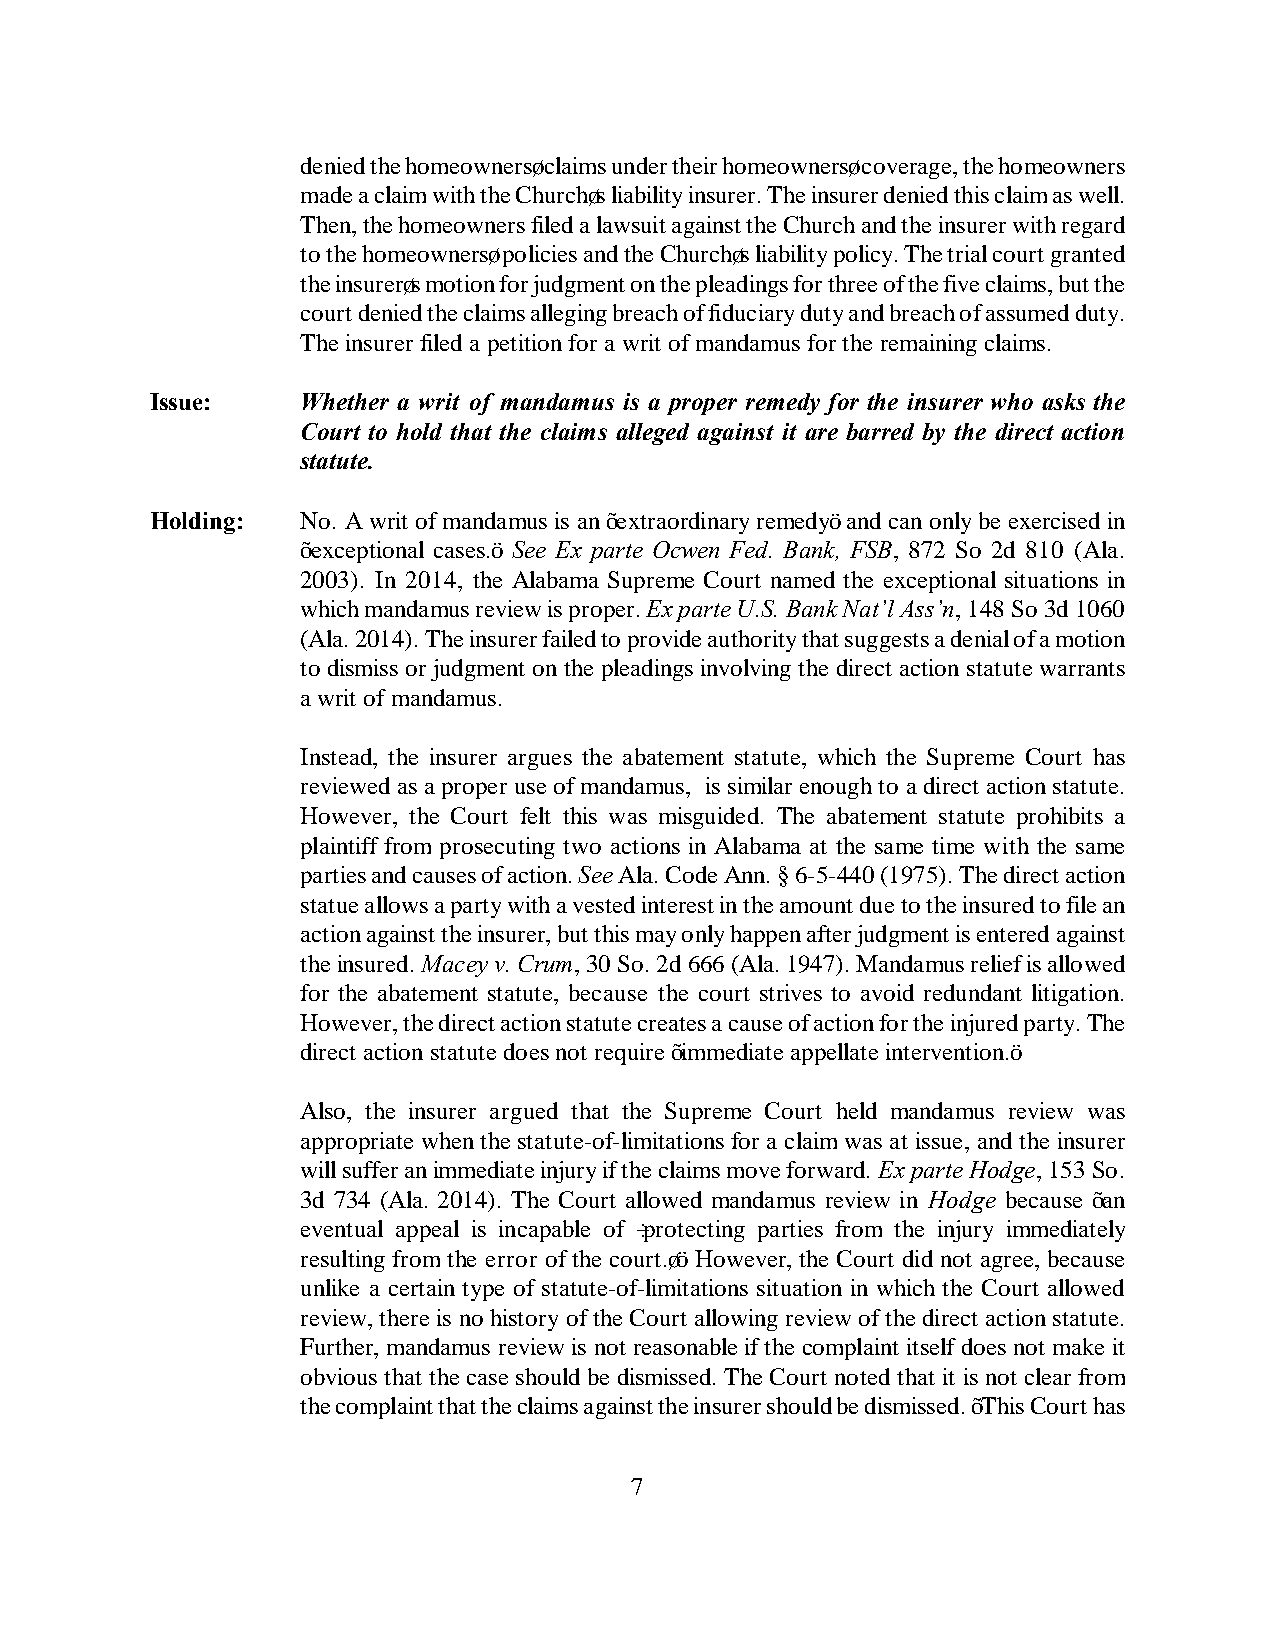
denied the homeowners’ claims under their homeowners’ coverage, the homeowners
 made a claim with the Church’s liability insurer. The insurer denied this claim as well.
 Then, the homeowners filed a lawsuit against the Church and the insurer with regard
 to the homeowners’ policies and the Church’s liability policy. The trial court granted
 the insurer’s motion for judgment on the pleadings for three of the five claims, but the
 court denied the claims alleging breach of fiduciary duty and breach of assumed duty.
 The insurer filed a petition for a writ of mandamus for the remaining claims.
 Issue:    Whether a writ of mandamus is a proper remedy for the insurer who asks the
 Court to hold that the claims alleged against it are barred by the direct action
 statute.
 Holding:  No. A writ of mandamus is an “extraordinary remedy” and can only be exercised in
 “exceptional cases.” See Ex parte Ocwen Fed. Bank, FSB, 872 So 2d 810 (Ala.
 2003). In 2014, the Alabama Supreme Court named the exceptional situations in
 which mandamus review is proper. Ex parte U.S. Bank Nat’l Ass’n, 148 So 3d 1060
 (Ala. 2014). The insurer failed to provide authority that suggests a denial of a motion
 to dismiss or judgment on the pleadings involving the direct action statute warrants
 a writ of mandamus.
 Instead, the insurer argues the abatement statute, which the Supreme Court has
 reviewed as a proper use of mandamus, is similar enough to a direct action statute.
 However, the Court felt this was misguided. The abatement statute prohibits a
 plaintiff from prosecuting two actions in Alabama at the same time with the same
 parties and causes of action. See Ala. Code Ann. § 6-5-440 (1975). The direct action
 statue allows a party with a vested interest in the amount due to the insured to file an
 action against the insurer, but this may only happen after judgment is entered against
 the insured. Macey v. Crum, 30 So. 2d 666 (Ala. 1947). Mandamus relief is allowed
 for the abatement statute, because the court strives to avoid redundant litigation.
 However, the direct action statute creates a cause of action for the injured party. The
 direct action statute does not require “immediate appellate intervention.”
 Also, the insurer argued that the Supreme Court held mandamus review was
 appropriate when the statute-of-limitations for a claim was at issue, and the insurer
 will suffer an immediate injury if the claims move forward. Ex parte Hodge, 153 So.
 3d 734 (Ala. 2014). The Court allowed mandamus review in Hodge because “an
 eventual appeal is incapable of ‘protecting parties from the injury immediately
 resulting from the error of the court.’” However, the Court did not agree, because
 unlike a certain type of statute-of-limitations situation in which the Court allowed
 review, there is no history of the Court allowing review of the direct action statute.
 Further, mandamus review is not reasonable if the complaint itself does not make it
 obvious that the case should be dismissed. The Court noted that it is not clear from
 the complaint that the claims against the insurer should be dismissed. “This Court has
 7